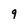
Character: q